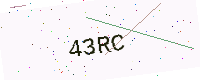
Text: 43RC